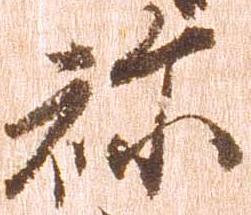
祢